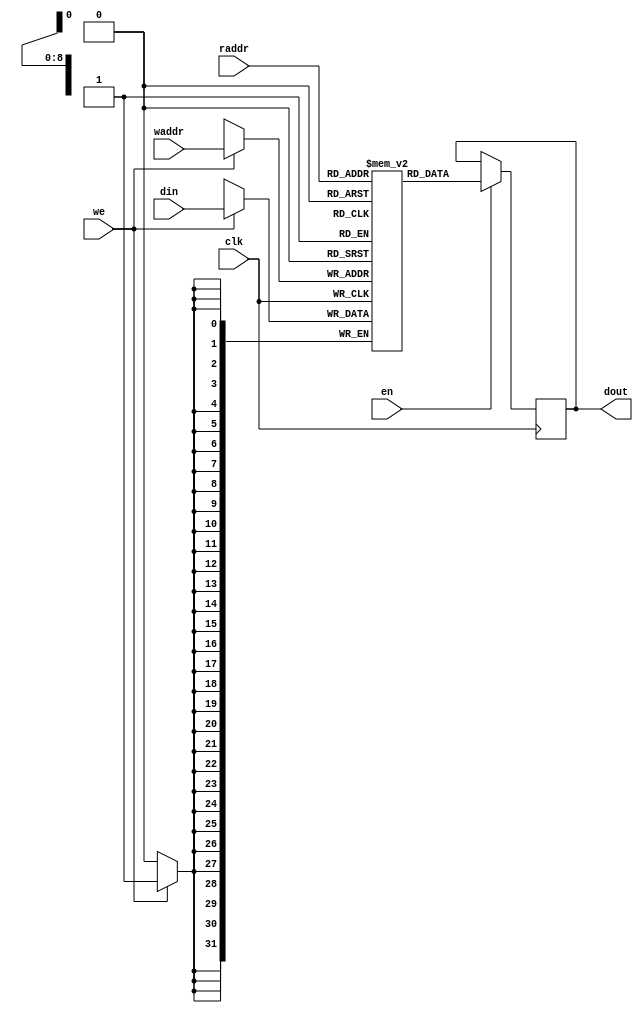
module ram512x32(
input clk,
input [31:0] din,
input we,
input [8:0] waddr,
input [8:0] raddr,
input en,

output reg [31:0] dout
);

// ram model
reg [31:0] mem[511:0];

always @(posedge clk)
  if (we)
    mem[waddr] <= din;
  
always @(posedge clk) 
  if (en)
    dout <= mem[raddr];

endmodule